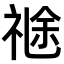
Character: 𥚤